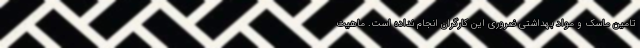
تامین ماسک و مواد بهداشتی ضروری این کارگران انجام نداده است. ماهیت